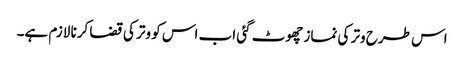
اس طرح وتر کی نماز چھوٹ گئی اب اس کو وتر کی قضا کرنا لازم ہے۔